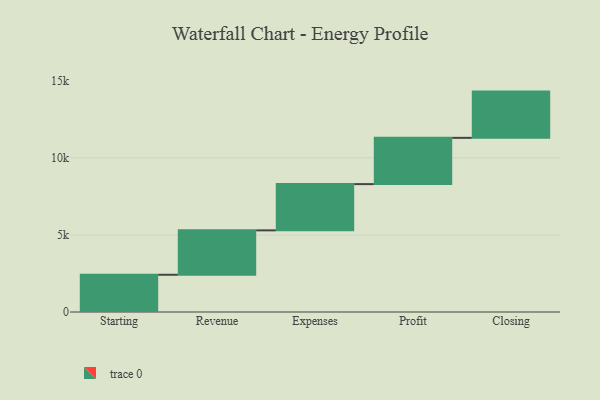
{"axis": {"x": "Step", "y": "Value"}, "legend": [""], "data": [{"x": "Starting", "y": 2415.0, "type": ""}, {"x": "Revenue", "y": 2880.0, "type": ""}, {"x": "Expenses", "y": 3000, "type": ""}, {"x": "Profit", "y": 3000, "type": ""}, {"x": "Closing", "y": 3000, "type": ""}]}